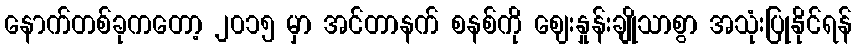
နောက်တစ်ခုကတော့ ၂၀၁၅ မှာ အင်တာနက် စနစ်ကို ဈေးနှုန်းချိုသာစွာ အသုံးပြုနိုင်ရန်